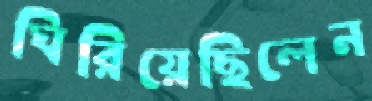
ঘিরিয়েছিলেন